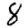
Digit: 8